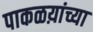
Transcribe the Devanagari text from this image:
पाकळय़ांच्या